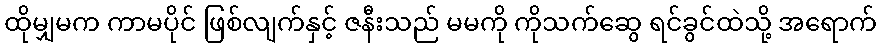
ထိုမျှမက ကာမပိုင် ဖြစ်လျက်နှင့် ဇနီးသည် မမကို ကိုသက်ဆွေ ရင်ခွင်ထဲသို့ အရောက်